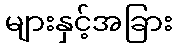
များနှင့်အခြား